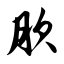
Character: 肷